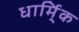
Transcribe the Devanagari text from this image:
धार्मि्क